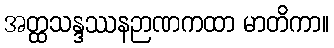
အတ္ထသန္ဒဿနဉာဏကထာ မာတိကာ။